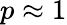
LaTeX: p\approx 1